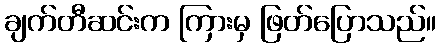
ချက်တီဆင်းက ကြားမှ ဖြတ်ပြောသည်။